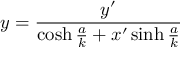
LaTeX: y = { \frac { y ^ { \prime } } { \cosh { \frac { a } { k } } + x ^ { \prime } \sinh { \frac { a } { k } } } }